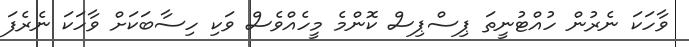
ވާހަކަ ނެރުން ހުއްޓުނީތަ ޕިސްޕިސް ކޮންމެ މީހެއްވެސް ވަކި ހިސާބަކަށް ވާހަކަ ނެރެފަ